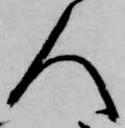
人